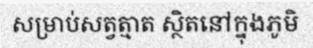
សម្រាប់សត្វត្មាត ស្ថិតនៅក្នុងភូមិ